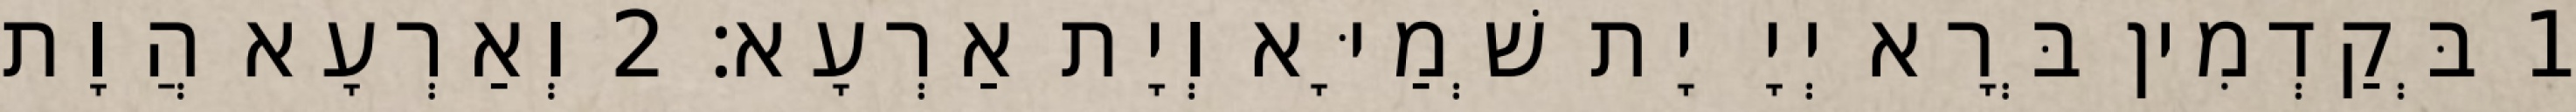
1 בְּקַדְמִין בְּרָא יְיָ יָת שְׁמַיָּא וְיָת אַרְעָא׃ 2 וְאַרְעָא הֲוָת